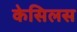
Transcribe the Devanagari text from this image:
केसिलस